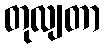
တုလျတာ